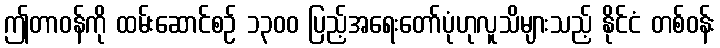
ဤတာဝန်ကို ထမ်းဆောင်စဉ် ၁၃၀၀ ပြည့်အရေးတော်ပုံဟုလူသိများသည့် နိုင်ငံ တစ်ဝန်း